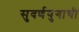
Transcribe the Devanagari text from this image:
सुवर्णयुगाची